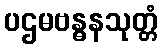
ပဌမဗန္ဓနသုတ္တံ